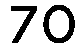
70